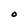
Character: O